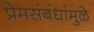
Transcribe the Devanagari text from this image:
प्रेमसंबंधांमुळे